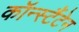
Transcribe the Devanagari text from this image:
कॉन्स्टैंटेन